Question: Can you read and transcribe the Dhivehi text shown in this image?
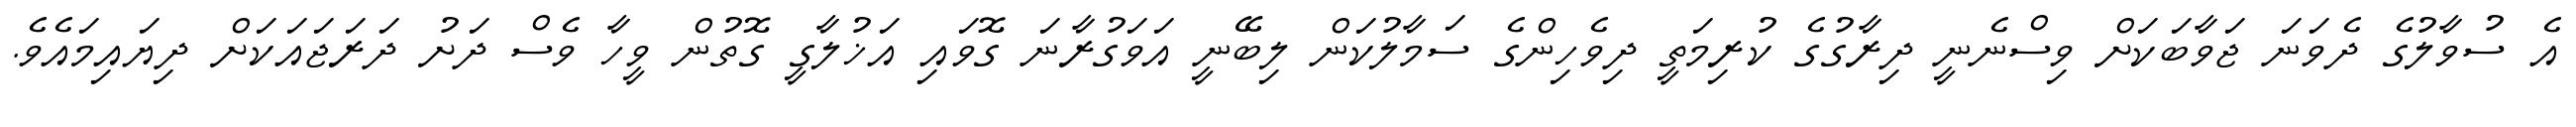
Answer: އެ ސުވާލުގެ ދެވަނަ ޖަވާބަކަށް ވިސްނެނީ ދިރާގުގެ ކުރިމަތީ ދިވެހިންގެ ސަމާލުކަން ލިބޭނީ އަވަގުރާނަ ގޮވައި އަޚުލާގީ ގޮތުން ވީހާ ވެސް ދަށު ދަރަޖައަކަށް ދިޔައިމައެވެ.